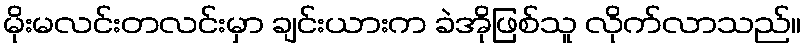
မိုးမလင်းတလင်းမှာ ချင်းယားက ခဲအိုဖြစ်သူ လိုက်လာသည်။